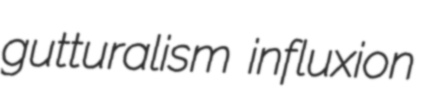
gutturalism influxion